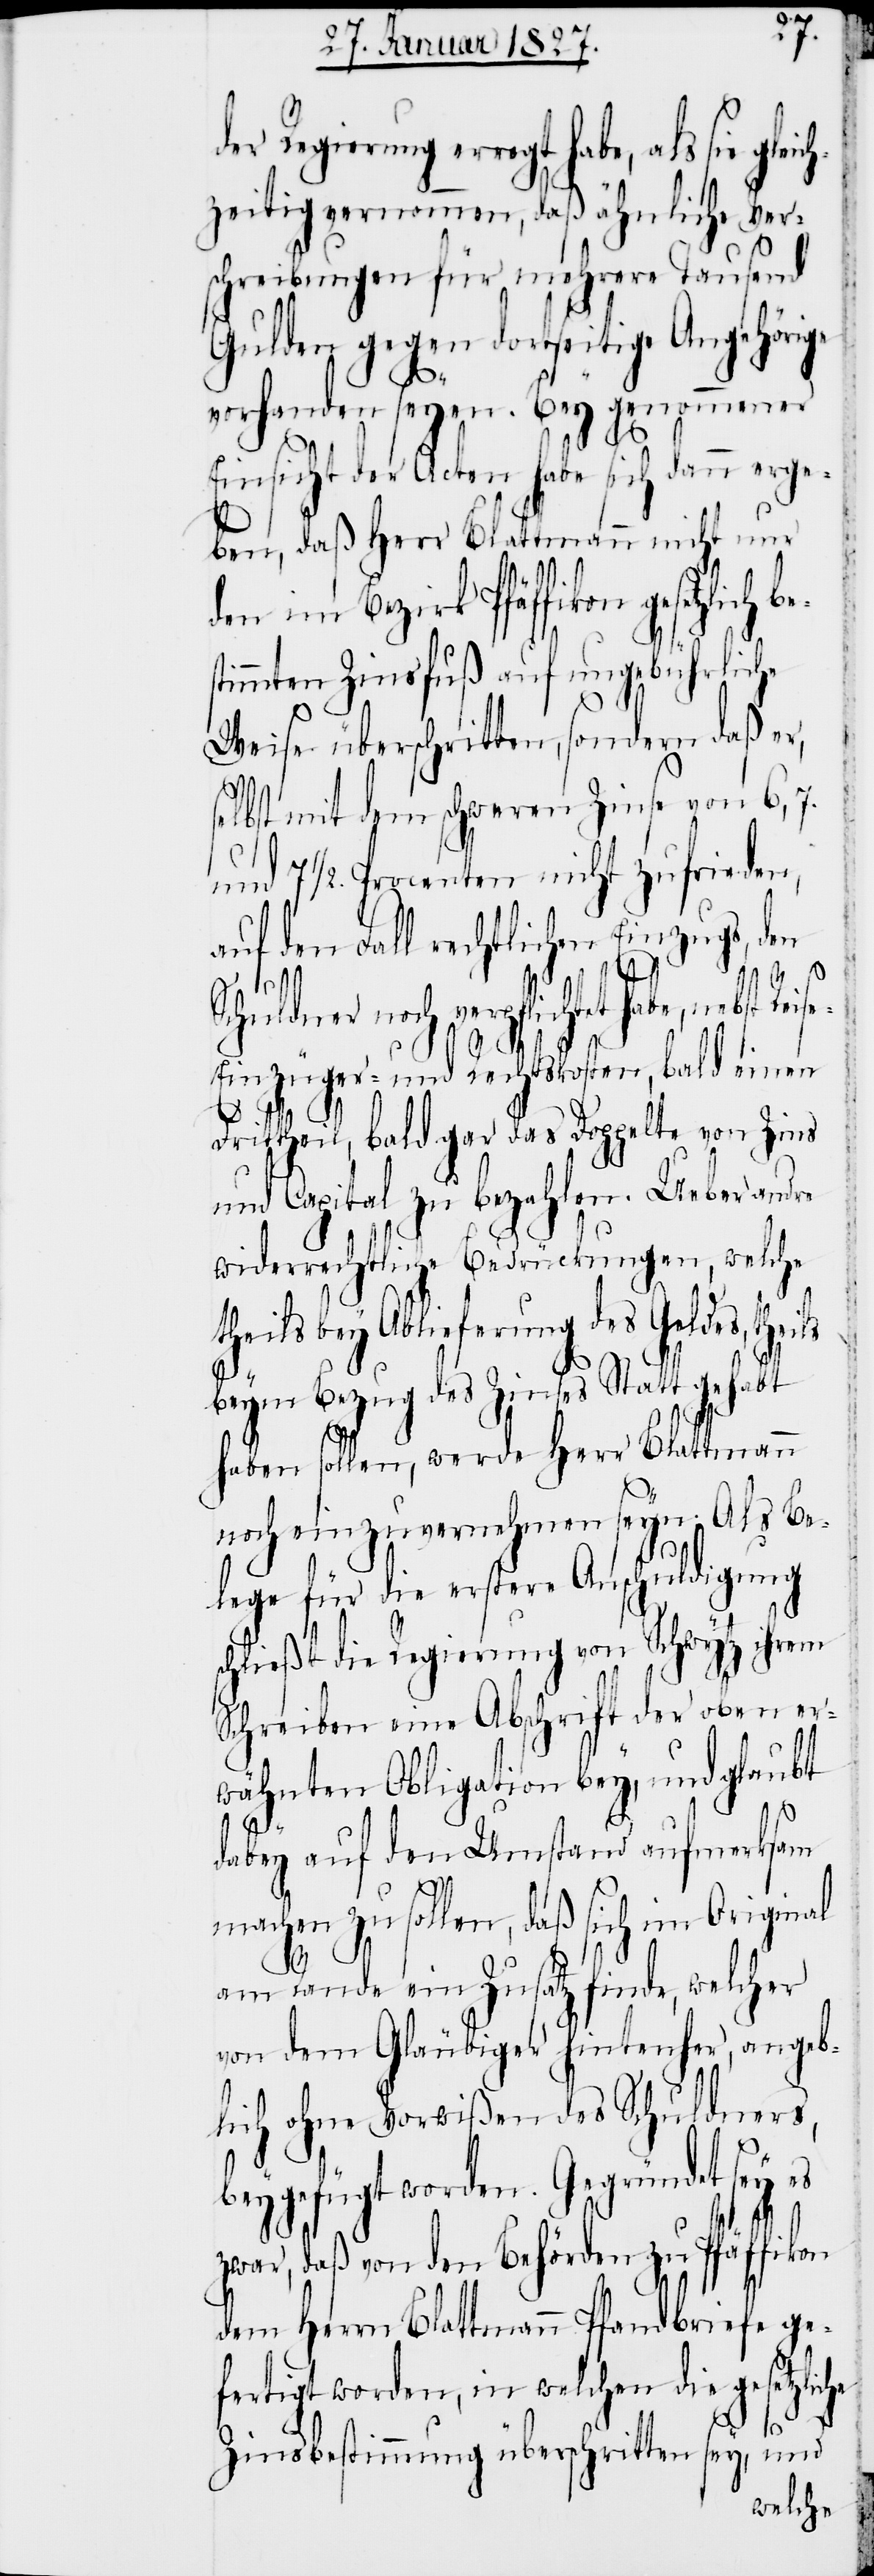
der Regierung erregt habe, als sie gle¬
zeitig vernommen, daß ähnliche Ver¬
schreibungen für mehrere Tausend
Gulden gegen dortseitige Angehörige
t¬
vorhanden seyen. Bey genommener
Einsicht der Acten habe sich dann erge¬
ben, daß Herr Blattmann nicht nur
den im Bezirk Pfäffikon gesetzl¬
stimmten Zinsfuß auf ungebührliche
Weise überschritten, sondern daß er,
selbst mit dem schweren Zinse von 6,
und 7 ½. Procenten nicht zufrieden,
auf den Fall rechtlichen Einzugs, den
Schuldner noch verpflichtet habe, nebst Reise-
ber¬
Einzüger- und Rechtskosten, bald einen
Drittheil, bald gar das Doppelte von Zins
und Capital zu bezahlen. Ueber andre
widerrechtliche Bedrückungen, welche
heils bey Ablieferung des Geldes, the¬
beym Bezug des Zinses Statt gehabt
haben sollen, werde Herr Blattma¬
noch einzuvernehmen seyn. Als Be¬
lege für die erstere Anschuldig¬
und
schließt die Regierung von
Schreiben eine Abschrift der oben
nd glaubt
wähnten Obligation bey,
dabey auf den Umstand aufmerksam
Original
machen zu sollen, daß sich
7.
er¬
am Rande ein Zusatz fin¬
von dem Gläubiger hinterher, ange¬
blich ohne Vorwißen des Schuldners,
beygefügt worden. Gegründet sey es
zwar, daß von den Behörden zu Pfäffikon
dem Herrn Blattmann Pfandbriefe ge¬
fertigt worden, in welchen die gesetz¬
u¬
sey,
Zinsbestimmung ü¬